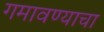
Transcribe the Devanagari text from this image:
गमावण्याचा